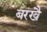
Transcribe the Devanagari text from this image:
बरखै